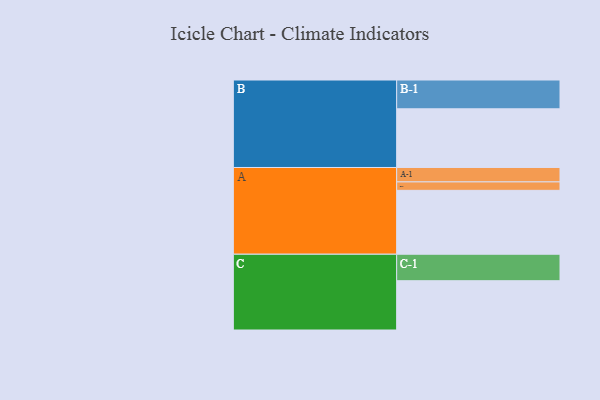
{"axis": {"x": "Segment", "y": "Value"}, "legend": ["", "A", "B", "C"], "data": [{"x": "A", "y": 599, "type": ""}, {"x": "B", "y": 550, "type": ""}, {"x": "C", "y": 462, "type": ""}, {"x": "A-1", "y": 135, "type": "A"}, {"x": "A-2", "y": 79, "type": "A"}, {"x": "B-1", "y": 270, "type": "B"}, {"x": "C-1", "y": 248, "type": "C"}]}